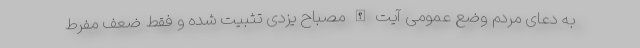
به دعای مردم وضع عمومی آیت الله مصباح یزدی تثبیت شده ‌و فقط ضعف مفرط